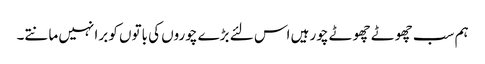
ہم سب چھوٹے چھوٹے چور ہیں اس لئے بڑے چوروں کی باتوں کو برا نہیں مانتے۔